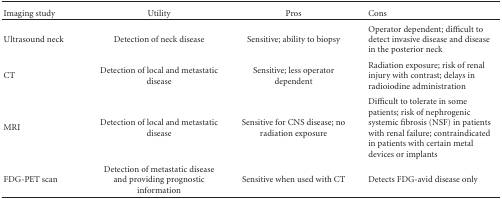
<table><thead><tr><td><b>Imaging study</b></td><td><b>Utility</b></td><td><b>Pros</b></td><td><b>Cons</b></td></tr></thead><tbody><tr><td>Ultrasound neck</td><td>Detection of neck disease</td><td>Sensitive; ability to biopsy</td><td>Operator dependent; difficult to detect invasive disease and disease in the posterior neck</td></tr><tr><td>CT</td><td>Detection of local and metastatic disease</td><td>Sensitive; less operator dependent</td><td>Radiation exposure; risk of renal injury with contrast; delays in radioiodine administration</td></tr><tr><td>MRI</td><td>Detection of local and metastatic disease</td><td>Sensitive for CNS disease; no radiation exposure</td><td>Difficult to tolerate in some patients; risk of nephrogenic systemic fibrosis (NSF) in patients with renal failure; contraindicated in patients with certain metal devices or implants</td></tr><tr><td>FDG-PET scan</td><td>Detection of metastatic disease and providing prognostic information</td><td>Sensitive when used with CT</td><td>Detects FDG-avid disease only</td></tr></tbody></table>